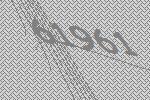
61961